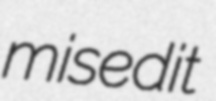
misedit